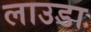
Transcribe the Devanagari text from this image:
लाउडा